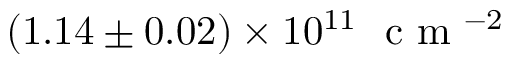
( 1 . 1 4 \pm 0 . 0 2 ) \times 1 0 ^ { 1 1 } ~ \textrm { c m } ^ { - 2 }